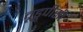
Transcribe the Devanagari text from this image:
वूडूपीसी